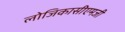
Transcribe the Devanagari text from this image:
लोजिकासीएमजी